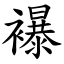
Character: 襮